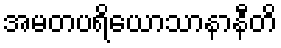
အမတပရိယောသာနာနီတိ